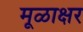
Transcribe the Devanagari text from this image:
मूळाक्षर